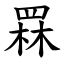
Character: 罧